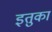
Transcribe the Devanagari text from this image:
इतुका